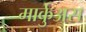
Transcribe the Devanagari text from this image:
मार्कुअस